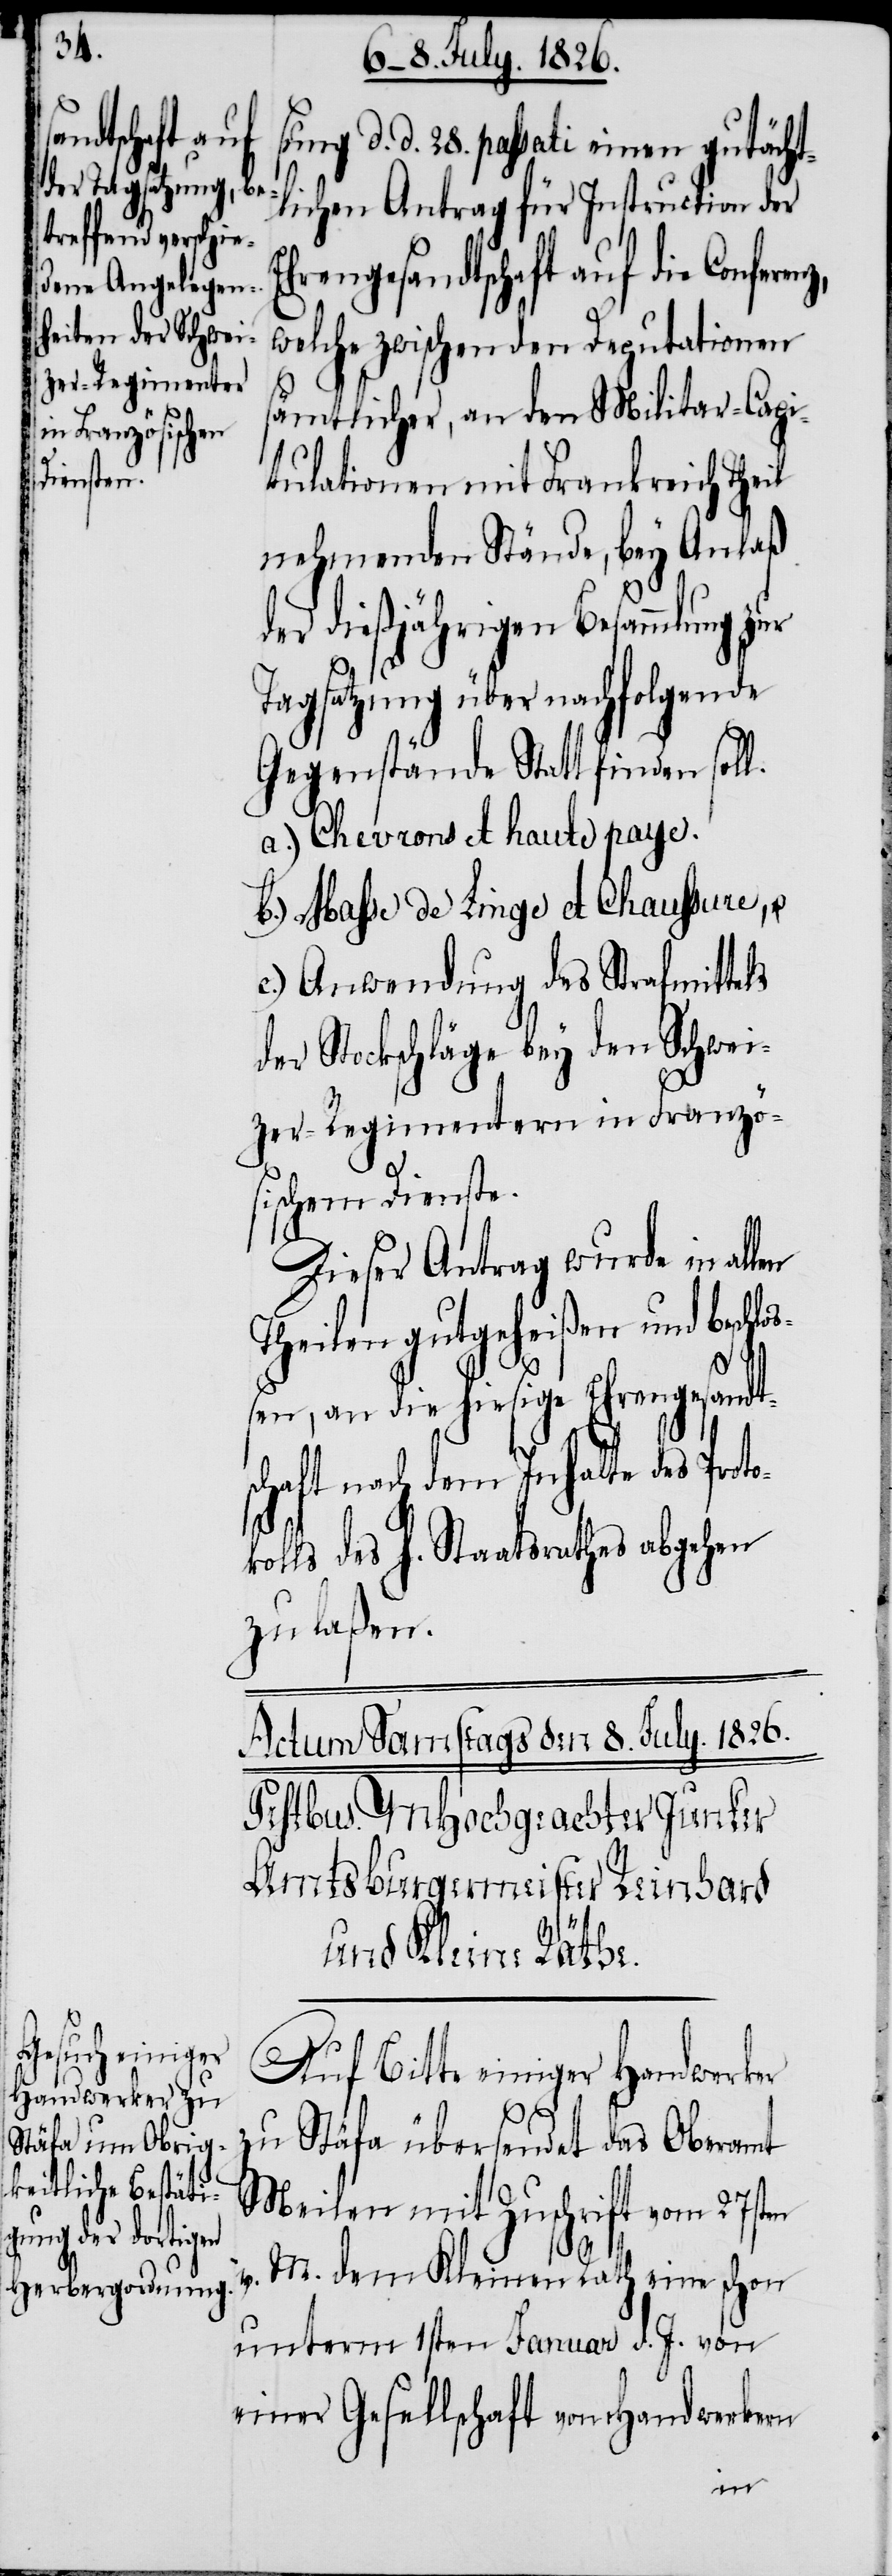
sung d. d. 28. passati einen gutächt¬
lichen Antrag für Instruction der
hrengesandtschaft auf die Confer¬
welche zwischen den Deputationen
sämtlicher, an den Militar-Capi¬
tulationen mit Frankreich Theil
nehmenden Stände, bey Anlaß
der dießjährigen Besammlung zur
Tagsatzung über nachfolgende
Gegenstände Statt finden soll.
a.) Chevrons et haute paye.
b.) Masse de Linge et Chaussure, u.
c.) Anwendung des Strafmittels
der Stockschläge bey den Schwei¬
zer-Regimentern in Franzö¬
sischem Dienste.
Dieser Antrag wurde in all¬
Theilen gutgeheißen und besch¬
ok¬
ßen, an die hiesige Ehrengesandt¬
schaft nach dem Inhalte des Prot¬
olls des h. Staatsrathes abgehen
zu laßen.
Auf Bitte einiger Handwerker
zu Stäfa übersendet das Oberamt
Meilen mit Zuschrift vom 27sten
v. M. dem Kleinen Rath eine schon
unterm 1sten Januar d. J. von
einer Gesellschaft von Handwerkern
en